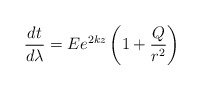
\begin{align*}\frac{dt}{d\lambda}=Ee^{2kz} \left(1+\frac{Q}{r^2}\right)\end{align*}